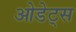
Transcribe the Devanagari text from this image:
ओडेट्स